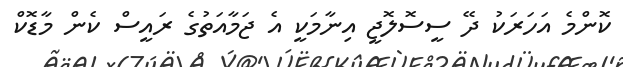
ކޮންމެ އަހަރަކު ދޭ ސީސޮލޮޖީ އިނާމަކީ އެ ޖަމާއަތުގެ ރައީސް ކެން މާޑޮކް